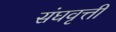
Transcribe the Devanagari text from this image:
संघवृत्ती